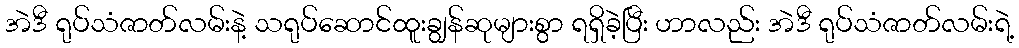
အဲဒီ ရုပ်သံဇာတ်လမ်းနဲ့ သရုပ်ဆောင်ထူးချွန်ဆုများစွာ ရရှိခဲ့ပြီး ဟာလည်း အဲဒီ ရုပ်သံဇာတ်လမ်းရဲ့